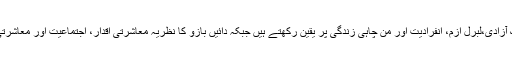
بائیں بازو کا نظریہ رکھنے والے لوگ آزادی،لبرل ازم، انفرادیت اور من چاہی زندگی پر یقین رکھتے ہیں جبکہ دائیں بازو کا نظریہ معاشرتی اقدار، اجتماعیت اور معاشرتی ضابطوں کے تحفظ پر زور دیتا ہے۔